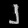
Digit: ၂